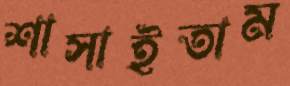
শাসাইতাম